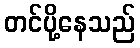
တင်ပို့နေသည်